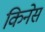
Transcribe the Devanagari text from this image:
किनेस